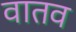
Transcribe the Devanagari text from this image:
वातव